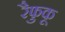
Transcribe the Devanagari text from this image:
रैफुकू